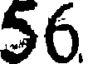
56